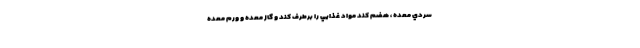
سردي معده ، هضم کند مواد غذايي را برطرف کند و گاز معده و ورم معده